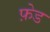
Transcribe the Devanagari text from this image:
फ़ेड